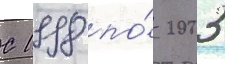
С 1998 по́ 2003